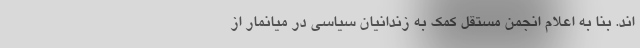
اند. بنا به اعلام انجمن مستقل کمک به زندانیان سیاسی در میانمار از